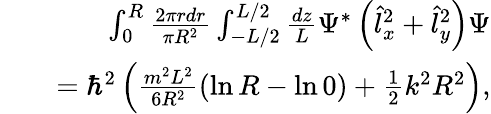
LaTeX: \begin{array}{rlr}&{}&{\int_{0}^{R}\frac{2\pi rdr}{\pi R^{2}}\int_{-L/2}^{L/2}\frac{dz}{L}\Psi^{*}\left(\hat{l}_{x}^{2}+\hat{l}_{y}^{2}\right)\Psi}\\ &{}&{=\hbar^{2}\left(\frac{m^{2}L^{2}}{6R^{2}}(\ln R-\ln 0)+\frac{1}{2}k^{2}R^{2}\right),}\end{array}